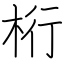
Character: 桁